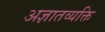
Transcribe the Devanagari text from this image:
अज्ञातव्यक्ति